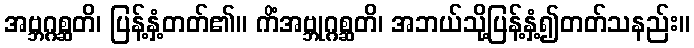
အဗ္ဘဂ္ဂစ္ဆတိ၊ ပြန့်နှံ့တတ်၏။ ကိံအဗ္ဘုဂ္ဂစ္ဆတိ၊ အဘယ်သို့ပြန့်နှံ့၍တတ်သနည်း။